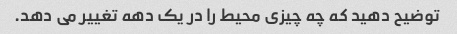
توضیح دهید که چه چیزی محیط را در یک دهه تغییر می دهد.